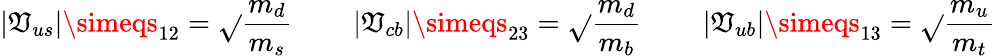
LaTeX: \left|\mathfrak{V}_{us}\right|\simeqs_{12}=\sqrt{}{{\frac{{m_{d}}}{{m_{s}}}}}\qquad\left|\mathfrak{V}_{cb}\right|\simeqs_{23}=\sqrt{}{{\frac{{m_{d}}}{{m_{b}}}}}\qquad\left|\mathfrak{V}_{ub}\right|\simeqs_{13}=\sqrt{}{{\frac{{m_{u}}}{{m_{t}}}}}